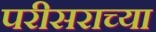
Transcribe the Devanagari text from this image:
परीसराच्या